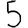
Digit: 5